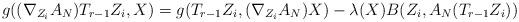
LaTeX: \begin{align*} g((\nabla_{Z_{i}}A_{N})T_{r-1}Z_{i},X)= g(T_{r-1}Z_{i},(\nabla_{Z_{i}}A_{N})X)-\lambda(X)B(Z_{i},A_{N}(T_{r-1}Z_{i}))\end{align*}